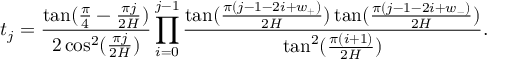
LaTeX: t _ { j } = \frac { \tan ( \frac { \pi } { 4 } - \frac { \pi j } { 2 H } ) } { 2 \cos ^ { 2 } ( \frac { \pi j } { 2 H } ) } \prod _ { i = 0 } ^ { j - 1 } \frac { \tan ( \frac { \pi ( j - 1 - 2 i + w _ { + } ) } { 2 H } ) \tan ( \frac { \pi ( j - 1 - 2 i + w _ { - } ) } { 2 H } ) } { \tan ^ { 2 } ( \frac { \pi ( i + 1 ) } { 2 H } ) } .